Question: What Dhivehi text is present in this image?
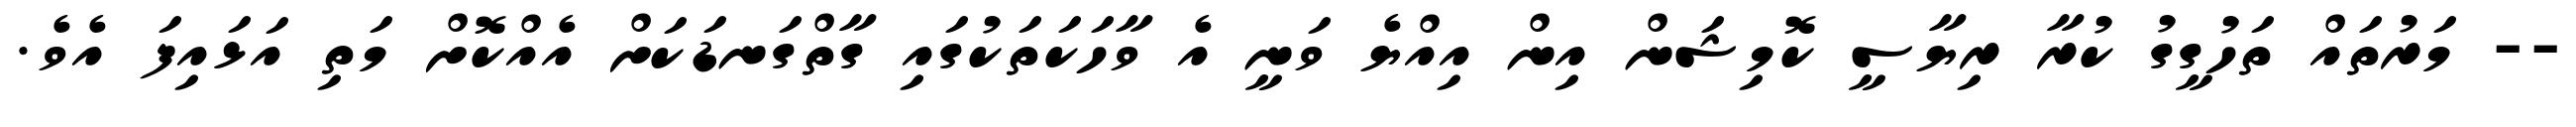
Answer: -- މަރުތައް ތަހުގީގު ކުރާ ރިޔާސީ ކޮމިޝަން އިން އިއްޔެ ވަނީ އެ ވާހަކަތަކުގައި ގާތްގަނޑަކަށް އެއްކޮށް މަތި އަޅައިފަ އެވެ.